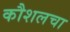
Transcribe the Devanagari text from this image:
कौशलचा